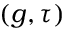
( g , \tau )